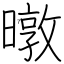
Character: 暾